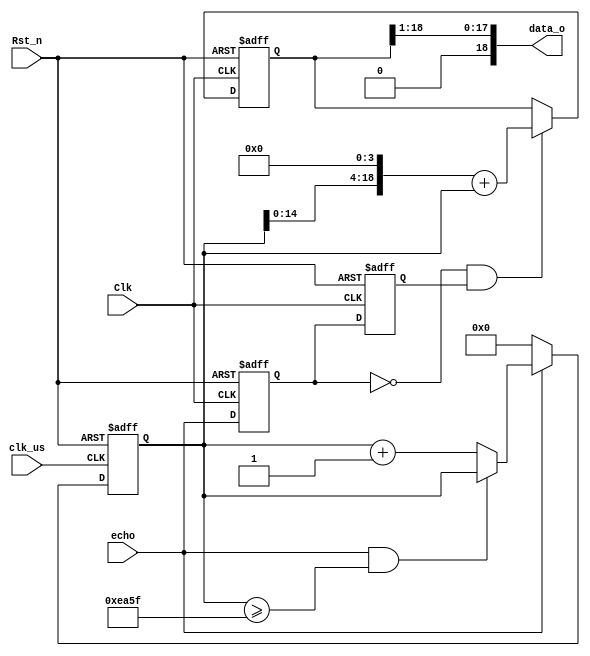
/*================================================*\
		  Filename 
			Author 
	  Description  
					 2cm~510cm
						
		 Called by 
Revision History    mm/dd/202x
		  			  Revision 1.0
  			  Email 
			Company 
\*================================================*/
module 	hc_sr_echo(
	input  wire 		Clk		, //clock 50MHz
	input  wire			clk_us	, //system clock 1MHz
	input  wire 		Rst_n	, //reset low valid
		   
	input  wire 		echo	, //
	output wire [18:00]	data_o	  //3*1000
);
/* 		S(um) = 17 * t 		-->  x.abc cm	*/
//Parameter Declarations
	parameter T_MAX = 16'd60_000;//510cm 

//Interrnal wire/reg declarations
	reg				r1_echo,r2_echo; //	
	wire			echo_pos,echo_neg; //
	
	reg		[15:00]	cnt		; //Counter 
	wire			add_cnt ; //Counter Enable
	wire			end_cnt ; //Counter Reset 
	
	reg		[18:00]	data_r	;
//Logic Description
	//clk_us 2us
	always @(posedge Clk or negedge Rst_n)begin  
		if(!Rst_n)begin  
			r1_echo <= 1'b0;
			r2_echo <= 1'b0;
		end  
		else begin  
			r1_echo <= echo;
			r2_echo <= r1_echo;
		end  
	end
	
	assign echo_pos = r1_echo & ~r2_echo;
	assign echo_neg = ~r1_echo & r2_echo;
	
	
	always @(posedge clk_us or negedge Rst_n)begin  
		if(!Rst_n)begin  
			cnt <= 'd0; 
		end 
		else if(add_cnt)begin  
			if(end_cnt)begin  
				cnt <= cnt; 
			end  
			else begin  
				cnt <= cnt + 1'b1; 
			end  
		end  
		else begin  //echo  
			cnt <= 'd0;  
		end  
	end 
	
	assign add_cnt = echo; 
	assign end_cnt = add_cnt && cnt >= T_MAX - 1; //
	
	always @(posedge Clk or negedge Rst_n)begin  
		if(!Rst_n)begin  
			data_r <= 'd2;
		end  
		else if(echo_neg)begin  
			data_r <= (cnt << 4) + cnt;
		end  
		else begin  
			data_r <= data_r;
		end  
	end //always end
	
	assign data_o = data_r >> 1;

endmodule